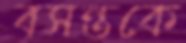
বসন্তকে